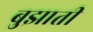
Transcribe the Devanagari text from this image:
बुझाती